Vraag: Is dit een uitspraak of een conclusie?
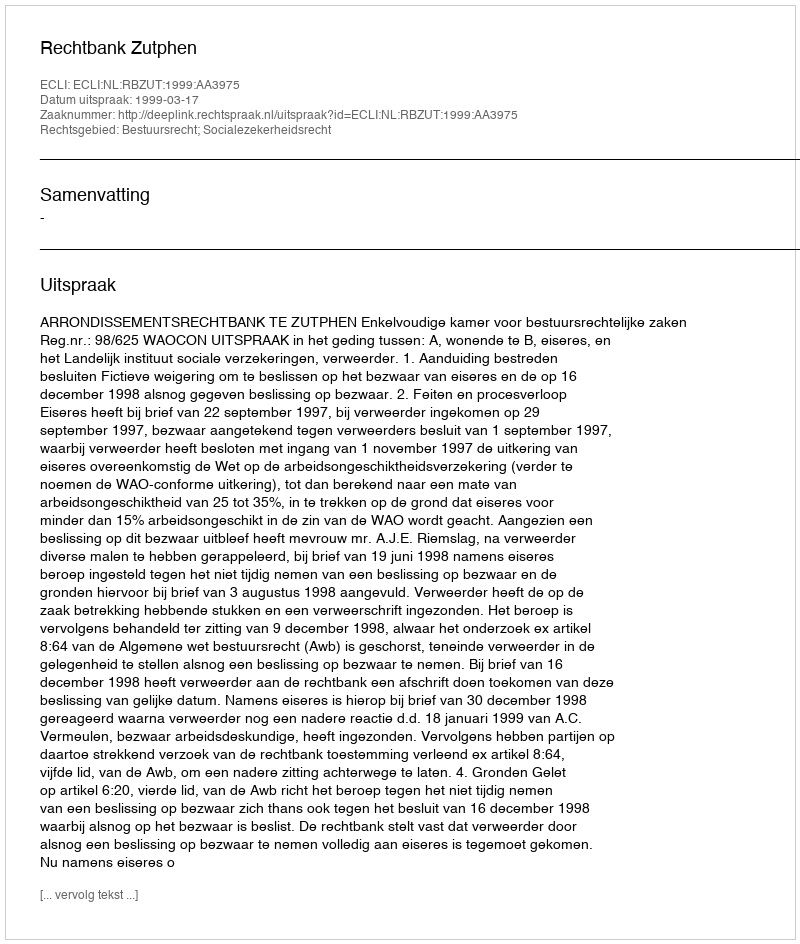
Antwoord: Uitspraak